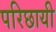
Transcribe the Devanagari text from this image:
परिछायी